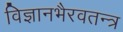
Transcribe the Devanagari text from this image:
विज्ञानभैरवतन्त्र